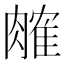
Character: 𬛎